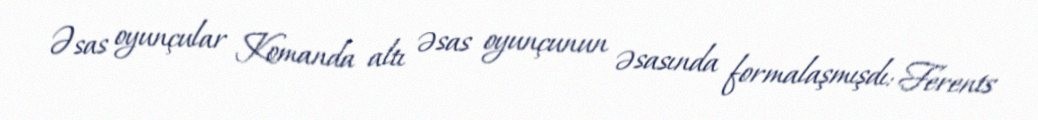
Əsas oyunçular Komanda altı əsas oyunçunun əsasında formalaşmışdı: Ferents